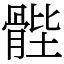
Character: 䯗